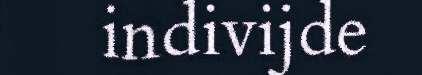
indivijde